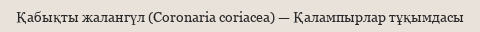
Қабықты жалангүл (Coronaria coriacea) — Қалампырлар тұқымдасы